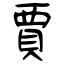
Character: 賈